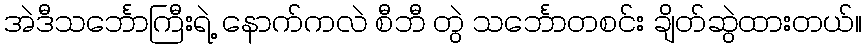
အဲဒီသင်္ဘောကြီးရဲ့ နောက်ကလဲ စီဘီ တွဲ သင်္ဘောတစင်း ချိတ်ဆွဲထားတယ်။